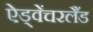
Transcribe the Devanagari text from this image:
ऐड्वेंचरलैंड